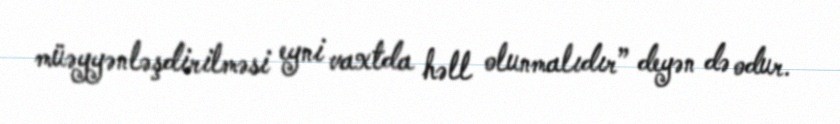
müəyyənləşdirilməsi eyni vaxtda həll olunmalıdır” deyən də odur.